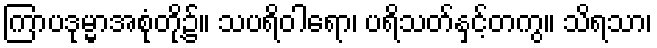
ကြာပဒုမ္မာအစုံတို့၌။ သပရိဝါရော၊ ပရိသတ်နှင့်တကွ။ သိရသာ၊